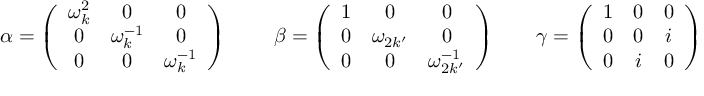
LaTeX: \alpha = \left( \begin{array} { c c c } { { \omega _ { k } ^ { 2 } } } & { { 0 } } & { { 0 } } \\ { { 0 } } & { { \omega _ { k } ^ { - 1 } } } & { { 0 } } \\ { { 0 } } & { { 0 } } & { { \omega _ { k } ^ { - 1 } } } \end{array} \right) ~ ~ ~ ~ ~ ~ ~ ~ \beta = \left( \begin{array} { c c c } { { 1 } } & { { 0 } } & { { 0 } } \\ { { 0 } } & { { \omega _ { 2 k ^ { \prime } } } } & { { 0 } } \\ { { 0 } } & { { 0 } } & { { \omega _ { 2 k ^ { \prime } } ^ { - 1 } } } \end{array} \right) ~ ~ ~ ~ ~ ~ ~ \gamma = \left( \begin{array} { c c c } { { 1 } } & { { 0 } } & { { 0 } } \\ { { 0 } } & { { 0 } } & { { i } } \\ { { 0 } } & { { i } } & { { 0 } } \end{array} \right)